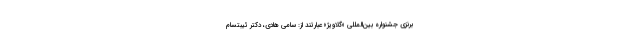
برنزی جشنواره بین‌المللی «گلاویژ» عبارتند از: سامی هادی، دکتر ئیبتسام